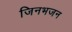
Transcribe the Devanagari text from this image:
जिनभजन